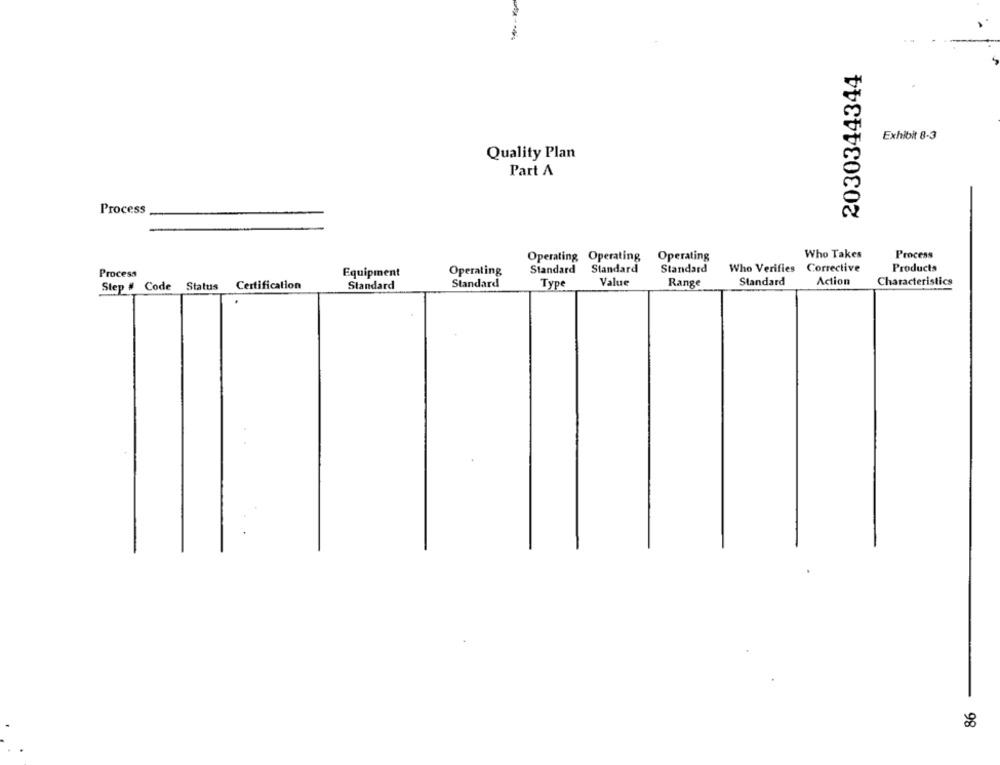
2030344344
Exhibit 8-3
Quality Plan
Part A
Process
Operating Operating
Operating
Who Takes
Process
Standard Standard
Standard
Who Verifies Corrective
Products
Process
Equipment
Operating
Standard
Value
Range
Standard
Action
Characteristics
Step # Code Status
Certification
Standard
Type
-
98